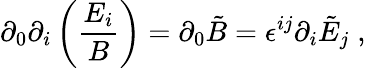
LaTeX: \partial_{0}\partial_{i}\left(\frac{E_{i}}{B}\right)=\partial_{0}\tilde{B}=\epsilon^{ij}\partial_{i}\tilde{E}_{j}\; ,